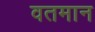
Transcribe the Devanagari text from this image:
वतमान